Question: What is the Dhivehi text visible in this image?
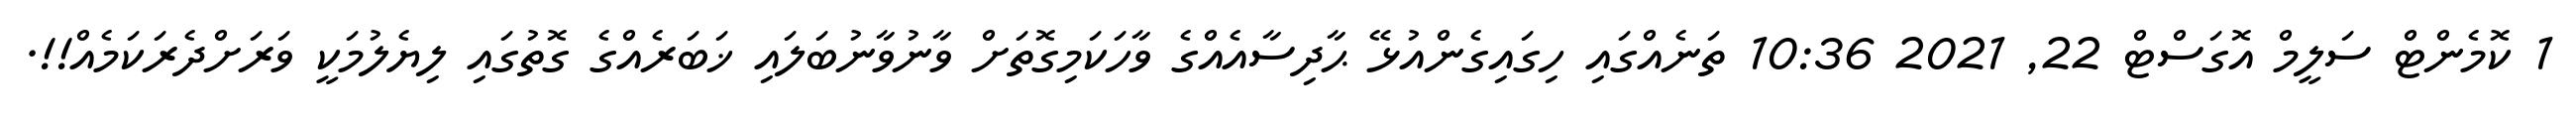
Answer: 1 ކޮމެންޓް ސަލީމް އޮގަސްޓް 22, 2021 10:36 ތަނެއްގައި ހިގައިގެންއުޅޭ ޙާދިސާއެއްގެ ވާހަކަމިގޮތަށް ވާނުވާނުބަލައި ޚަބަރެއްގެ ގޮތުގައި ލިޔެލުމަކީ ވަރަށްދެރަކަމެއް!!.